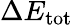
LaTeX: \Delta E_{\mathrm{tot}}